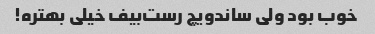
خوب بود ولی ساندویچ رست‌بیف خیلی بهتره!